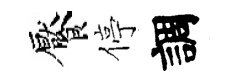
饜停調